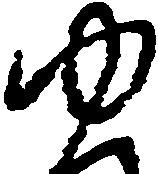
ゆ